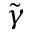
\tilde { \gamma }